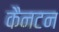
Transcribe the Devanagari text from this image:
कैनटन